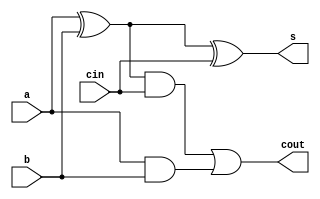
module FullAdd(input a,b,cin, output s,cout);

wire w1,w2,w3,w4;

xor(w1,a,b);
xor(s,w1,cin);

and(w3,w1,cin);
and(w4,a,b);
or(cout,w3,w4);

endmodule